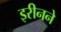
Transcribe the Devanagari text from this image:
इरीनने